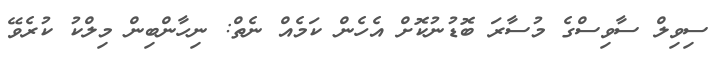
ސިވިލް ސާވިސްގެ މުސާރަ ބޮޑުނުކޮށް އެހެން ކަމެއް ނެތް: ނިހާންބިން މިލްކު ކުރެވޭ